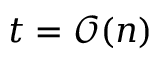
t = \mathcal { O } ( n )